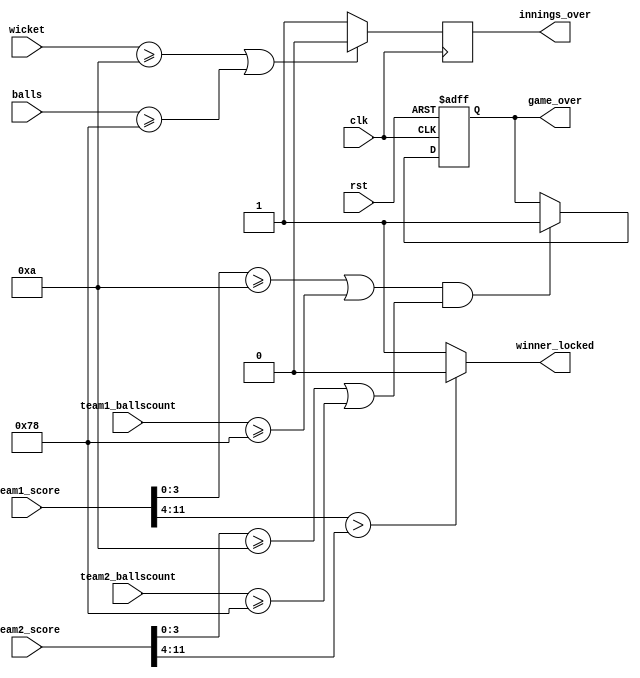
`timescale 1ns / 1ps
//////////////////////////////////////////////////////////////////////////////////
// Company: 
// Engineer: 
// 
// Design Name: 
// Module Name: score_comparator
// Project Name: 
// Target Devices: 
// Tool Versions: 
// Description: 
// 
// Dependencies: 
// 
// Revision:
// Revision 0.01 - File Created
// Additional Comments:
// 
//////////////////////////////////////////////////////////////////////////////////


module score_comparator(
    input clk,
    input rst,
    input [11:0] team1_score,
    input [11:0] team2_score,
    input [6:0] team1_ballscount,
    input [6:0] team2_ballscount,
    input [3:0] wicket,
    input [15:0] balls,
    output reg innings_over,
    output reg game_over,
    output reg winner_locked
    );
    
    always @(posedge clk)
    begin
    if(wicket>=10 || balls>=120)
    innings_over<=0;
    else
        innings_over<=1;
 end
 always@(posedge clk or posedge rst)
 begin
 if(rst)
 game_over<=0;
 else if((team1_score[3:0]>=10 || team1_ballscount>=120) && (team2_score[3:0]>=10 || team2_ballscount>=120))
 game_over<=1;
 else
 game_over<=game_over;
 end
 always@(game_over)
 begin
 if(team1_score[11:4]>team2_score[11:4])
 winner_locked<=0;
 else
 winner_locked<=1;
 end
endmodule